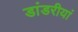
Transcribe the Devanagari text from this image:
डांडरीयां